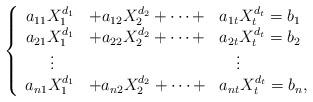
LaTeX: \begin{align*}\left \{\begin{array}{ccl}a_{11}X_1^{d_1} & + a_{12}X_2^{d_2} + \cdots + & a_{1t}X_t^{d_t} = b_1 \\a_{21}X_1^{d_1} & + a_{22}X_2^{d_2} + \cdots + & a_{2t}X_t^{d_t} = b_2 \\\;\vdots & &\quad\vdots \\a_{n1}X_1^{d_1} &+ a_{n2}X_2^{d_2} + \cdots +& a_{nt}X_t^{d_t} = b_n,\end{array}\right.\end{align*}